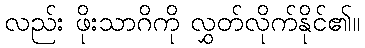
လည်း ဖိုးသာဂိကို လွှတ်လိုက်နိုင်၏။